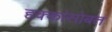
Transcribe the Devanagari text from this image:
हक्कांसोबत